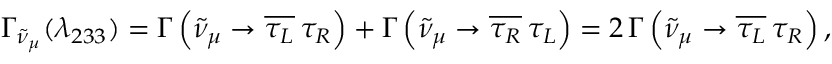
\Gamma _ { \tilde { \nu } _ { \mu } } ( \lambda _ { 2 3 3 } ) = \Gamma \left( \tilde { \nu } _ { \mu } \to \overline { { { \tau _ { L } } } } \, \tau _ { R } \right) + \Gamma \left( \tilde { \nu } _ { \mu } \to \overline { { { \tau _ { R } } } } \, \tau _ { L } \right) = 2 \, \Gamma \left( \tilde { \nu } _ { \mu } \to \overline { { { \tau _ { L } } } } \, \tau _ { R } \right) ,